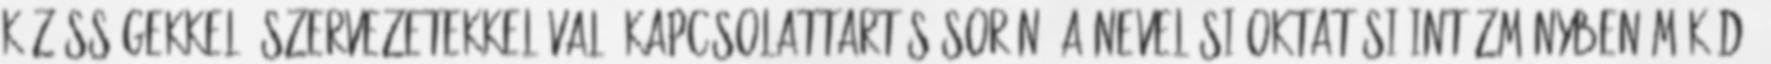
közösségekkel, szervezetekkel való kapcsolattartás során: a nevelési-oktatási intézményben működő